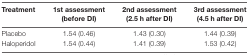
<table><thead><tr><td><b>Treatment</b></td><td><b>1st assessment (before DI)</b></td><td><b>2nd assessment (2.5 h after DI)</b></td><td><b>3rd assessment (4.5 h after DI)</b></td></tr></thead><tbody><tr><td>Placebo</td><td>1.54 (0.46)</td><td>1.43 (0.30)</td><td>1.44 (0.39)</td></tr><tr><td>Haloperidol</td><td>1.54 (0.44)</td><td>1.41 (0.39)</td><td>1.53 (0.42)</td></tr></tbody></table>